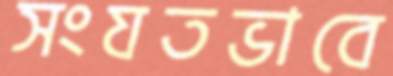
সংযতভাবে